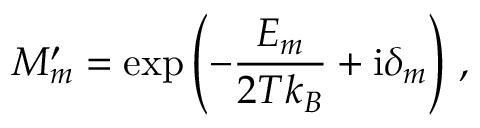
M _ { m } ^ { \prime } = \exp \left( - \frac { E _ { m } } { 2 T k _ { B } } + \mathrm { i } \delta _ { m } \right) \, ,